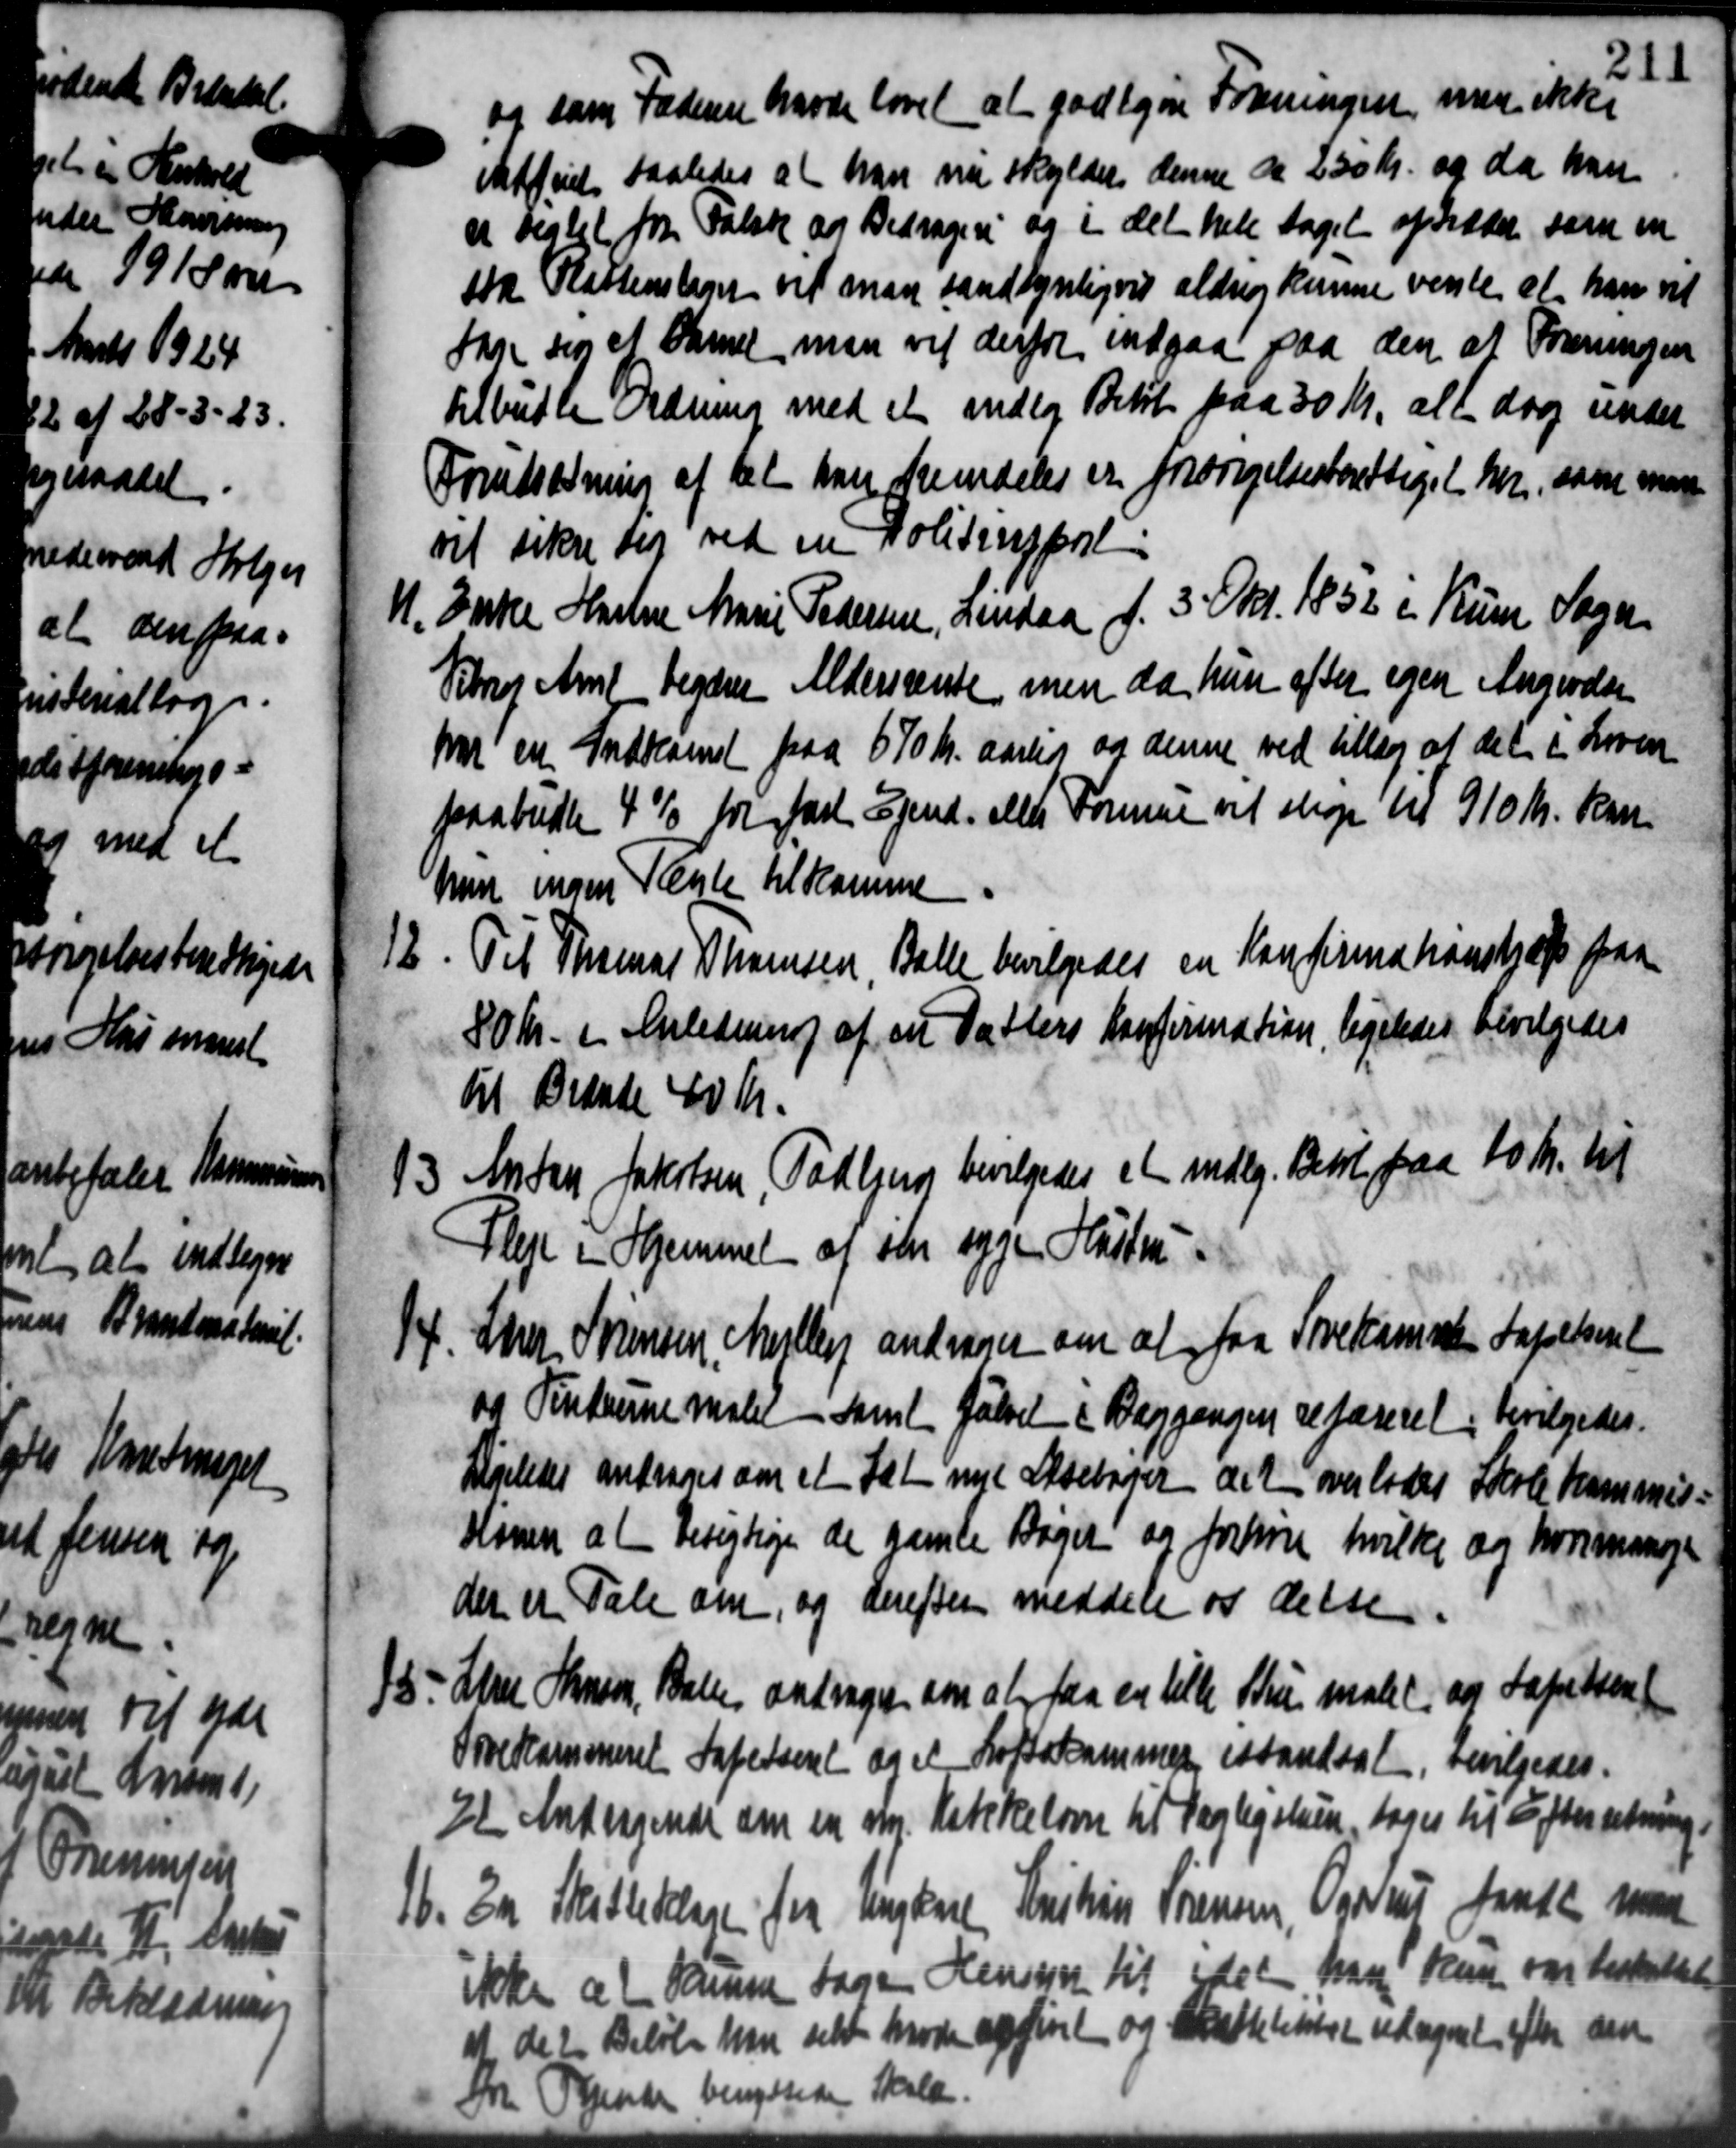
Transskription:
og som Faderen havde lovet at godtgøre Foreningen, men ikke
Udfriet saaledes at han nu skylder denne de 230 Kr. og da han
at reglet fra Falste af Bidrageri og i det hele taget optræder som en
stk Slottenslager vil man sandsynligvis aldrig kunne vente at han vil
Skre sig et Samel, man vil derfor indgaa paa den at Foreningen
tilbudte Ordning med et androg Betit paa 30 Kr., alt dog under
Forudsætning af det han fremdeles er forsørgelsesberettiget her, som man
vil sikre sig ved en Politinsport
11.
Enke Harlene Marie Pedersen, Lindaa f. 3 Okt. 1832 i Rum Sogn.
Vetrus Amt begdere Aldersrente men da hun efter egen Angivelse
har en Indkomst paa 670 Kr. aarligt aar denne ved tillæg af det i Loven
paabudte 4 % for fast Ejend. Aller Formue vil stup til 910 Kr. kan
hun ingen Regle til komme
12. Til Thomas Thomsen, Balle bevilgedes en Konfirmakanshjælp paa
12. Til Thomas Thomsen, Balle bevilgedes en Konfirmakanshjælp paa
80 Kr. i Anledning af en Datters Konfirmation, ligeledes bevilgedes
til Braaby 40 Kr.
13. Ander Jakobsen, Todbjerg bevilgedes et mdlg. Betil paa 10 Kr. til
13. Ander Jakobsen, Todbjerg bevilgedes et mdlg. Betil paa 10 Kr. til
Plet i Hjemmet og ster syge Hustru
4. Ahrer Sørensen, Mejlby andrager om at faa Sovekamine Kapelkeret
4. Ahrer Sørensen, Mejlby andrager om at faa Sovekamine Kapelkeret
og Vinterne malet samt falset i Baggangen refareret, bevilgedes.
Ligeledes andrager om et Sæt nyt Oksebøger det overlodes Skolekommis-
Honen at Besigtige de gamle Bøger og fritore hvilke og hvorimange
der er Tale om, og derefter meddele og delse.
15. Lars Hansen, Balle andrager om at faa en tille Stru malet, og tapetsen
15. Lars Hansen, Balle andrager om at faa en tille Stru malet, og tapetsen
Sovekammeret Sapetseret og et Loftskammer, istandsat, bevilgedes.
Il Andragende om en ny Katikelovn til Dagligstuen, toges til Efterretning.
16. En Skattedelse fra Ungkene Kristian Sørensen, Ogstru fandt man
16. En Skattedelse fra Ungkene Kristian Sørensen, Ogstru fandt man
ikke at Samme Sagen Hensyn til idet han Han var beskattet
at det Beløb han selte Møde opgivet og Skattelettet udregnet efter sen
dr Olsende benyttedes Skole